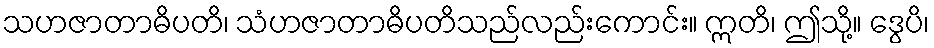
သဟဇာတာဓိပတိ၊ သံဟဇာတာဓိပတိသည်လည်းကောင်း။ ဣတိ၊ ဤသို့။ ဒွေပိ၊